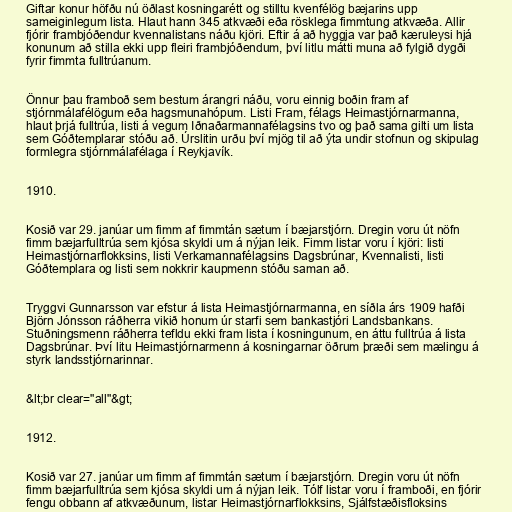
Giftar konur höfðu nú öðlast kosningarétt og stilltu kvenfélög bæjarins upp
sameiginlegum lista. Hlaut hann 345 atkvæði eða rösklega fimmtung atkvæða. Allir
fjórir frambjóðendur kvennalistans náðu kjöri. Eftir á að hyggja var það kæruleysi hjá
konunum að stilla ekki upp fleiri frambjóðendum, því litlu mátti muna að fylgið dygði
fyrir fimmta fulltrúanum.

Önnur þau framboð sem bestum árangri náðu, voru einnig boðin fram af
stjórnmálafélögum eða hagsmunahópum. Listi Fram, félags Heimastjórnarmanna,
hlaut þrjá fulltrúa, listi á vegum Iðnaðarmannafélagsins tvo og það sama gilti um lista
sem Góðtemplarar stóðu að. Úrslitin urðu því mjög til að ýta undir stofnun og skipulag
formlegra stjórnmálafélaga í Reykjavík.

1910.

Kosið var 29. janúar um fimm af fimmtán sætum í bæjarstjórn. Dregin voru út nöfn
fimm bæjarfulltrúa sem kjósa skyldi um á nýjan leik. Fimm listar voru í kjöri: listi
Heimastjórnarflokksins, listi Verkamannafélagsins Dagsbrúnar, Kvennalisti, listi
Góðtemplara og listi sem nokkrir kaupmenn stóðu saman að.

Tryggvi Gunnarsson var efstur á lista Heimastjórnarmanna, en síðla árs 1909 hafði
Björn Jónsson ráðherra vikið honum úr starfi sem bankastjóri Landsbankans.
Stuðningsmenn ráðherra tefldu ekki fram lista í kosningunum, en áttu fulltrúa á lista
Dagsbrúnar. Því litu Heimastjórnarmenn á kosningarnar öðrum þræði sem mælingu á
styrk landsstjórnarinnar.

&lt;br clear="all"&gt;

1912.

Kosið var 27. janúar um fimm af fimmtán sætum í bæjarstjórn. Dregin voru út nöfn
fimm bæjarfulltrúa sem kjósa skyldi um á nýjan leik. Tólf listar voru í framboði, en fjórir
fengu obbann af atkvæðunum, listar Heimastjórnarflokksins, Sjálfstæðisfloksins